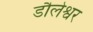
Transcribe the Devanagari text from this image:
डौलेश्वर